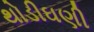
થોડીઘણી